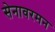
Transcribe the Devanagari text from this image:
सेनावरमन